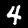
Label: 4